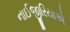
નાઈજીરિયાએ